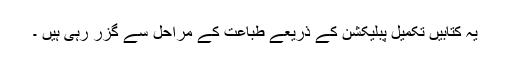
یہ کتابیں تکمیل پبلیکشن کے ذریعے طباعت کے مراحل سے گزر رہی ہیں ۔